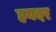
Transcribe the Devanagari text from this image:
हयदर